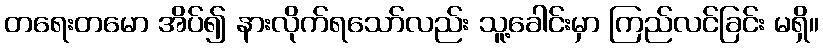
တရေးတမော အိပ်၍ နားလိုက်ရသော်လည်း သူ့ခေါင်းမှာ ကြည်လင်ခြင်း မရှိ။